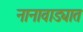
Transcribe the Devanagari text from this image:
नानावाड्यात